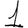
Digit: 1